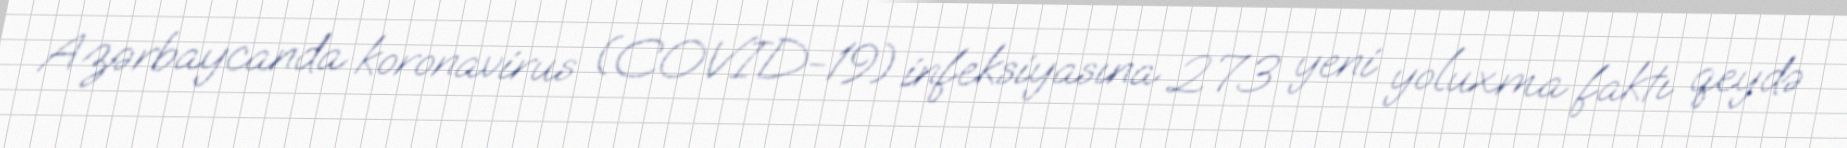
Azərbaycanda koronavirus (COVID-19) infeksiyasına 273 yeni yoluxma faktı qeydə